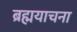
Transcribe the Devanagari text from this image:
ब्रह्मयाचना